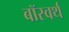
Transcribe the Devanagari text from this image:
बॉस्वर्थ